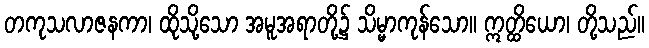
တကုသလာဇနကာ၊ ထိုသို့သော အမူအရာတို့၌ သိမ္မာကုန်သော။ ဣတ္ထိယော၊ တို့သည်။